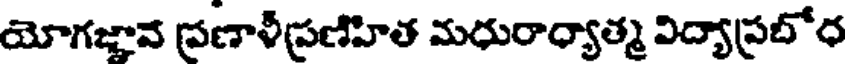
యోగజ్ఞావ ప్రణాళీప్రణిహిత మధురాధ్యాత్మ విద్యాప్రబోధ